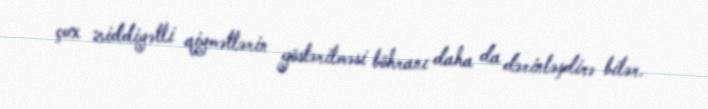
çox ziddiyətli qiymətlərin göstərilməsi böhranı daha da dərinləşdirə bilər.